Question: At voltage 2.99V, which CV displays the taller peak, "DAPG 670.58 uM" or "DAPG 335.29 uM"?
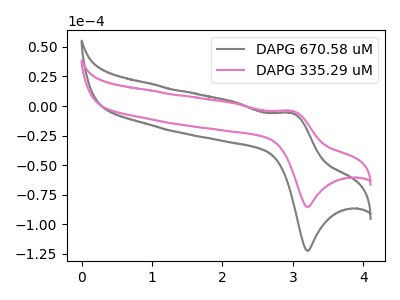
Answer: <think>The gray curve "DAPG 670.58 uM" has an anodic peak at (3.00V, -5.95uA) and a cathodic peak at (3.20V, -122.55uA). The pink curve "DAPG 335.29 uM" has an anodic peak at (3.00V, -4.15uA) and a cathodic peak at (3.20V, -85.50uA).</think>
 <answer>The peak at 2.99V is lower in "DAPG 670.58 uM" than in "DAPG 335.29 uM".</answer>
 <eval>lower</eval>